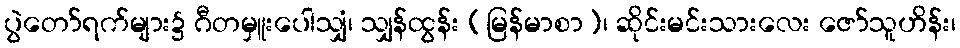
ပွဲတော်ရက်များ၌ ဂီတမှူးပေါသျှံ၊ သျှန်ထွန်း (မြန်မာစာ)၊ ဆိုင်းမင်းသားလေး ဇော်သူဟိန်း၊